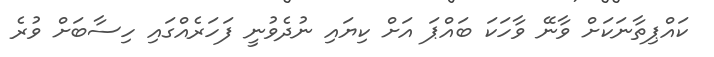
ކައްޕިތާނަކަށް ވާނޭ ވާހަކަ ބައްޕަ އަށް ކިޔައި ނުދެވުނީ ފަހަރެއްގައި ހިސާބަށް ވުރެ